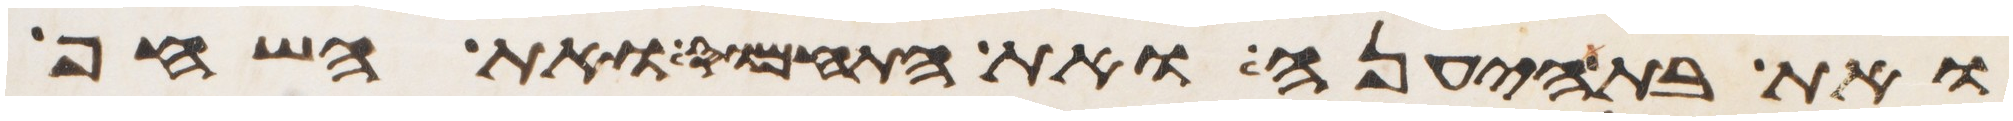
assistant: ואת בת היענה ואת התחמוס ואת השחף